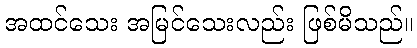
အထင်သေး အမြင်သေးလည်း ဖြစ်မိသည်။